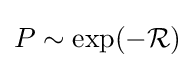
\textstyle P\sim \exp(-{\mathcal {R}})